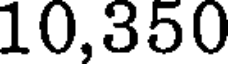
10,350